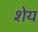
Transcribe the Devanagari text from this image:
शेय